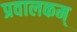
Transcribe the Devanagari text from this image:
प्रवालकम्‌